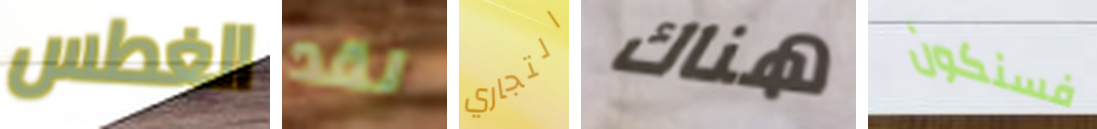
الغطس لقد التجاري هناك فسنكون